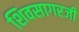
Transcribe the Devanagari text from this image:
शिवसागरजी